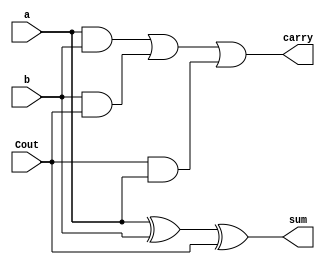
`timescale 1ns / 1ps

module fa(
output sum,carry,
input a,b,Cout
    );
    assign sum = a ^ b ^ Cout;
    assign carry = (a & b) | (b & Cout) | (Cout & a);
endmodule